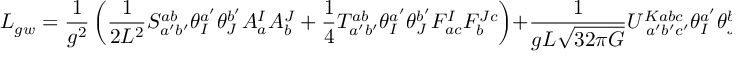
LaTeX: { \cal L } _ { g w } = \frac { 1 } { g ^ { 2 } } \left( \frac { 1 } { 2 L ^ { 2 } } S _ { a ^ { \prime } b ^ { \prime } } ^ { a b } \theta _ { I } ^ { a ^ { \prime } } \theta _ { J } ^ { b ^ { \prime } } A _ { a } ^ { I } A _ { b } ^ { J } + \frac { 1 } { 4 } T _ { a ^ { \prime } b ^ { \prime } } ^ { a b } \theta _ { I } ^ { a ^ { \prime } } \theta _ { J } ^ { b ^ { \prime } } F _ { a c } ^ { I } F _ { b } ^ { J c } \right) + \frac { 1 } { g L \sqrt { 3 2 \pi G } } U _ { \; a ^ { \prime } b ^ { \prime } c ^ { \prime } } ^ { K a b c } \theta _ { I } ^ { a ^ { \prime } } \theta _ { J } ^ { b ^ { \prime } } \theta _ { K } ^ { c ^ { \prime } } A _ { a } ^ { I } F _ { b c } ^ { J } .